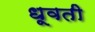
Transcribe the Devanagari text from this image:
धूवती